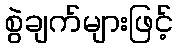
စွဲချက်များဖြင့်